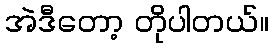
အဲဒီတော့ တိုပါတယ်။